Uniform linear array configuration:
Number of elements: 32
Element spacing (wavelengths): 1
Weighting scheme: binomial
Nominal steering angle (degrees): -60
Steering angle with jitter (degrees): -60.319
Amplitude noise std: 0.05
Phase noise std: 0.05

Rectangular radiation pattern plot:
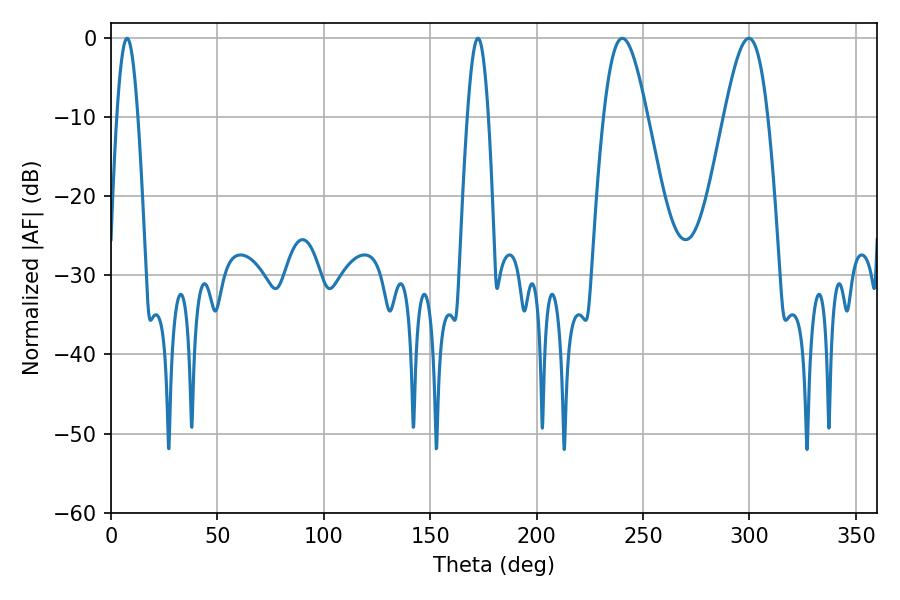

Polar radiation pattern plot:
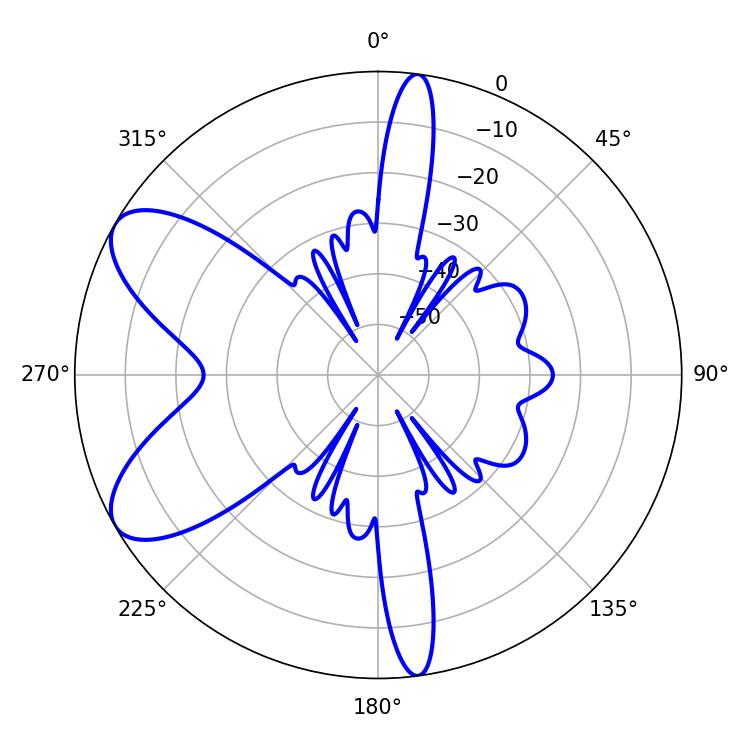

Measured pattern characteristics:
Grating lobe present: TRUE
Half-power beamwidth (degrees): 5.4
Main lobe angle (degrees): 7.56